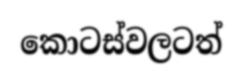
කොටස්වලටත්